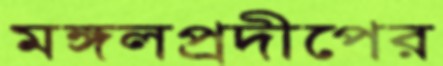
মঙ্গলপ্রদীপের